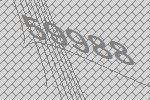
59988